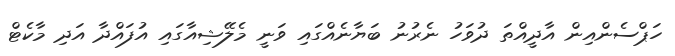
ހަޕްސެންއިން އާދީއްތަ ދުވަހު ނެރުނު ބަޔާނެއްގައި ވަނީ މެލޭޝިއާގައި އުފައްދާ އަދި މާކެޓް